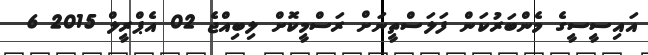
އައިސީސީގެ މެންބަރުކަން ފަލަސްތީނަށް ރަސްމީކޮށް ލިބިއްޖެ 02 އެޕްރީލް 2015 6